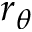
r _ { \theta }